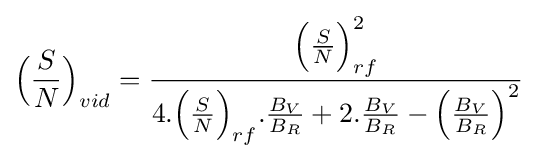
{\Big (}{\frac {S}{N}}{\Big )}_{vid}={\frac {{\Big (}{\frac {S}{N}}{\Big )}_{rf}^{2}}{4.{\Big (}{\frac {S}{N}}{\Big )}_{rf}.{\frac {B_{V}}{B_{R}}}+2.{\frac {B_{V}}{B_{R}}}-{\Big (}{\frac {B_{V}}{B_{R}}}{\Big )}^{2}}}